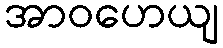
အာဝဟေယျ